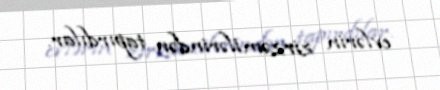
evlərin zirzəmilərindən tapırdılar.